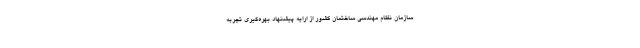
سازمان نظام مهندسی ساختمان کشور از ارایه پیشنهاد بهره‌گیری تجربه